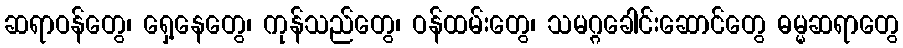
ဆရာဝန်တွေ၊ ရှေ့နေတွေ၊ ကုန်သည်တွေ၊ ဝန်ထမ်းတွေ၊ သမဂ္ဂခေါင်းဆောင်တွေ ဓမ္မဆရာတွေ